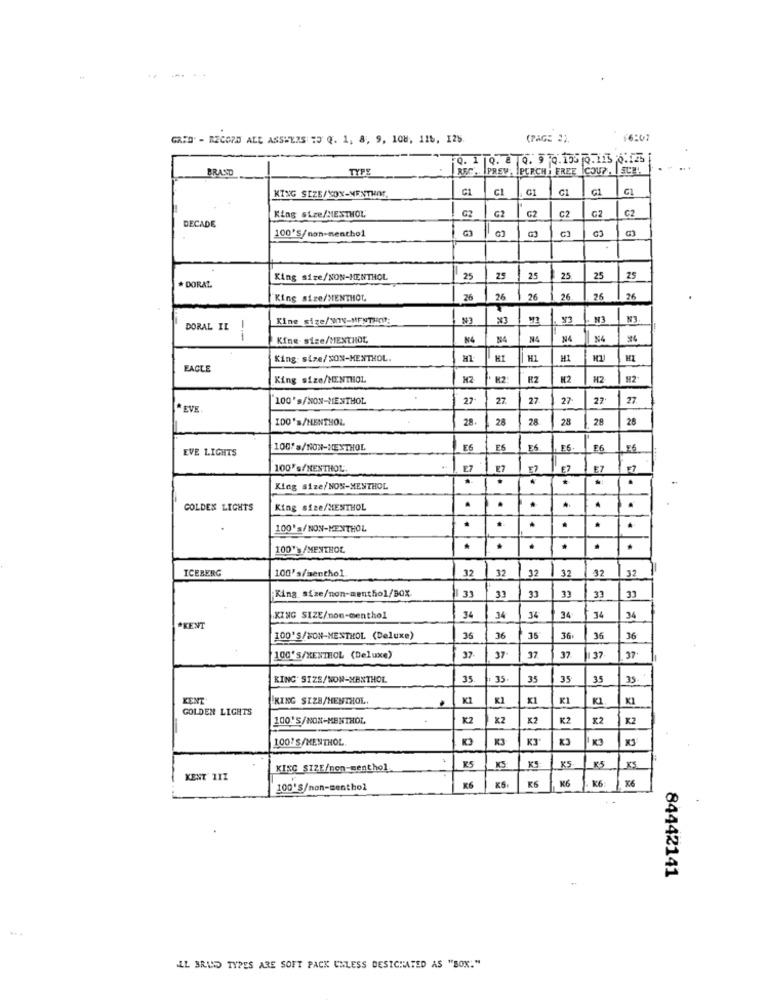
1
GRID. - RECORD ALE ASSHEIS 25 Q. 1, 8, 9, 108, 116, 128.
(PAGE 2)
Q.
Q. 8 0. 9 0.155 0.115 0.125
BRAND
TYPE
REC .. PREV. PERCH ; FREE ICOUP.
....
KING SIZE/YON-MENTHAT,
G1
C1
GI
G2
G2
C2
DECADE
King size/MESTHOL
G2
G2
C2
100'S/non-menthol
G3
G
King size/NON-MENTHOL
25
25
25
25
25
DORAL.
King size/MENTHOL,
26
26
26
26
26
24
King size/WIN-MENTHE:
N3
DORAL IL
---
Kine- size/MENTHOL,
N4
N4
King size/SON-MENTHOL
HI
HI
HI
EACLE
King size/MENTHOL
H2
H2
H2
100's/NON-MENTHOL
27
27
27
27
27
27
*EVE
IDO 's/MENTHOL
28.
28
28
28
EVE LIGHTS
100's/NON-NEXTHOL
E6
26
F6
E6
100's/MENTHOL
E7
F7
E7
EZ
.
King size/NON-MENTHOL
GOLDEN LIGHTS
King size/MENTHOL
.
100's/NON-MENTHOL
.
100's/MENTHOL
.
ICEBERG
32
32
32
32
32
32
100' s/menthol
1 33
33
33
King size/non-menthol/BOX
31
33
33
KING SIZE/non-menthol
34
34
34
34
34
34
*KENT
100'S/NON-MENTHOL (Deluxe)
36
36
35
36.
36
36
37
100'S/XENTHOL (Deluxe)
37
37
37
37
37
KING. SIZS/NON-MENTHOL
35
35
35
35
35
35
KENT
KING SIZE/MENTHOL.
x1
KI
GOLDEN LIGHTS
100'S/NON-MENTHOL
K2
x2
K2
100'S/MENTHOL
K3
K
KJ
K3
K5
XS
KING SIZE/non-menthol
K5
K5
KENT 11I
K6
K6
K6
100'S/non-menthol
K6
x5
K6
84442141
LL BRIND TYPES ARE SOFT PACK UNLESS DESIGNATED AS "BOX."